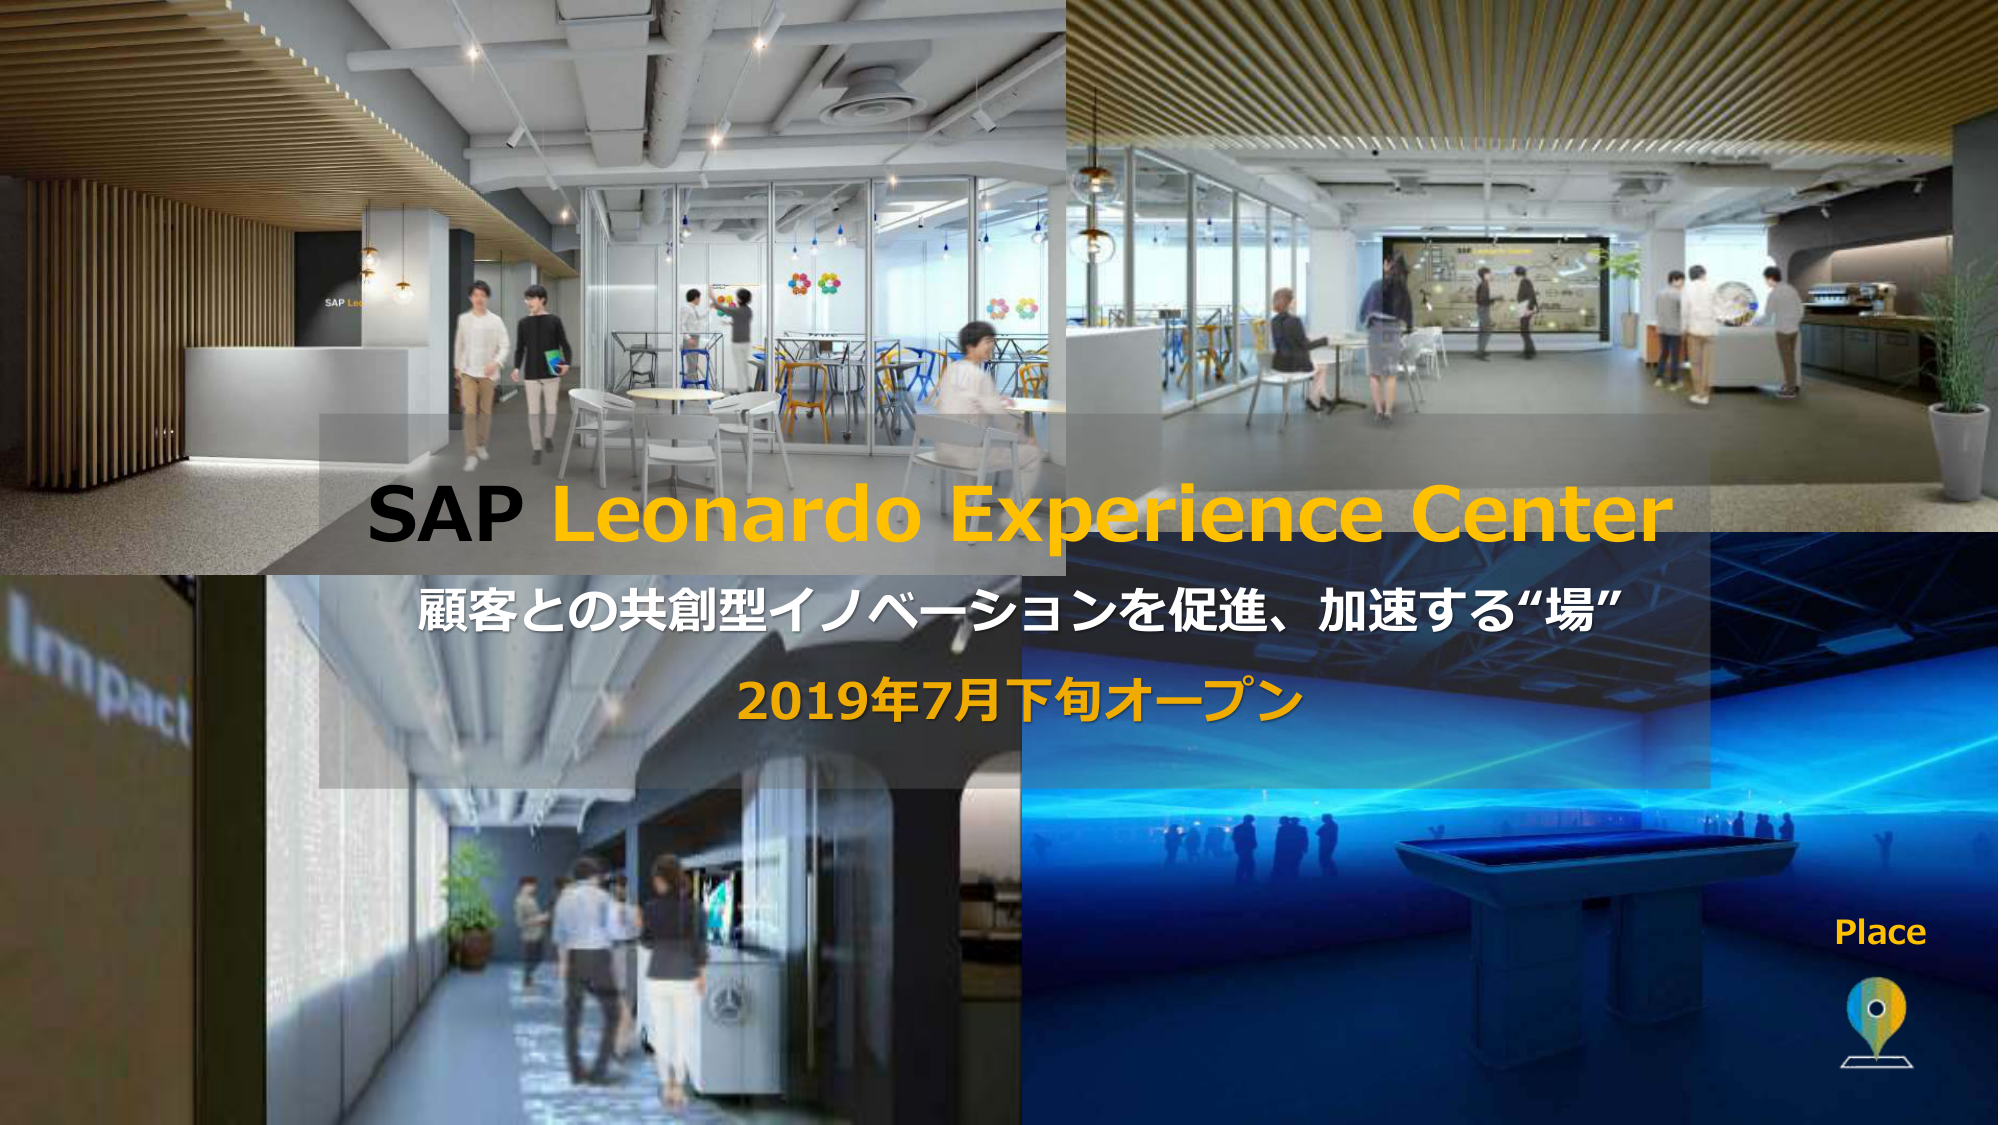
SAP Leonardo Experience Center
顧客との共創型イノベーションを促進、加速する“場”
2019年7月下旬オープン
Place
Impact
SAP Lab